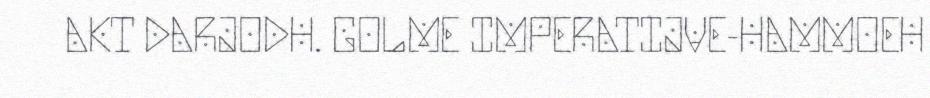
AKT DARJODH. GOLME IMPERATIJVE-HAMMOEH